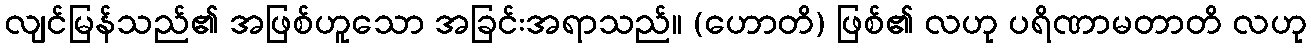
လျင်မြန်သည်၏ အဖြစ်ဟူသော အခြင်းအရာသည်။ (ဟောတိ) ဖြစ်၏ လဟု ပရိဏာမတာတိ လဟု